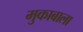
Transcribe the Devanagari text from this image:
मुकाबाला